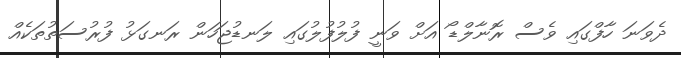
ދެވަނަ ހާފްގައި ވެސް ރޮނާލްޑޯ އަށް ވަނީ ފުލުފުލުގައި ލަނޑުޖަހަން ރަނގަޅު ފުރުސަތުތަކެއް